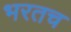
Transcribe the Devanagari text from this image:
भरतच